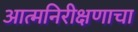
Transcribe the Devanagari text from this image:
आत्मनिरीक्षणाचा